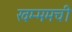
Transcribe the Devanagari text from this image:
खम्ममची